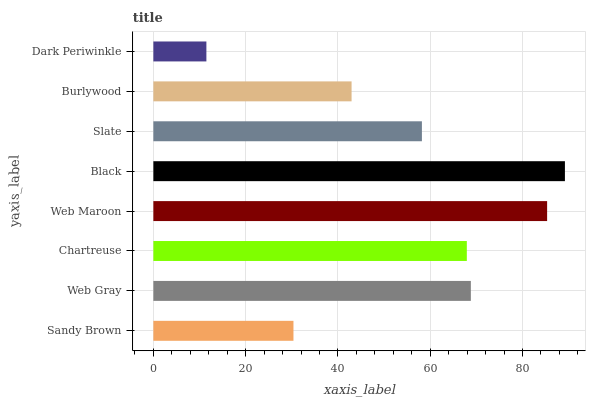
| yaxis_label | bars |
 | --- | --- |
 | Sandy Brown | 30.4 |
 | Web Gray | 68.8 |
 | Chartreuse | 67.9 |
 | Web Maroon | 85.3 |
 | Black | 89.2 |
 | Slate | 58.2 |
 | Burlywood | 43 |
 | Dark Periwinkle | 11.5 |